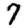
Digit: 7